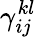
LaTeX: {\gamma}_{ij}^{kl}